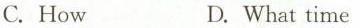
C.How D.What time